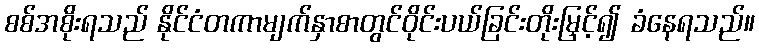
စစ်အစိုးရသည် နိုင်ငံတကာမျက်နှာစာတွင်ဝိုင်းပယ်ခြင်းတိုးမြှင့်၍ ခံနေရသည်။